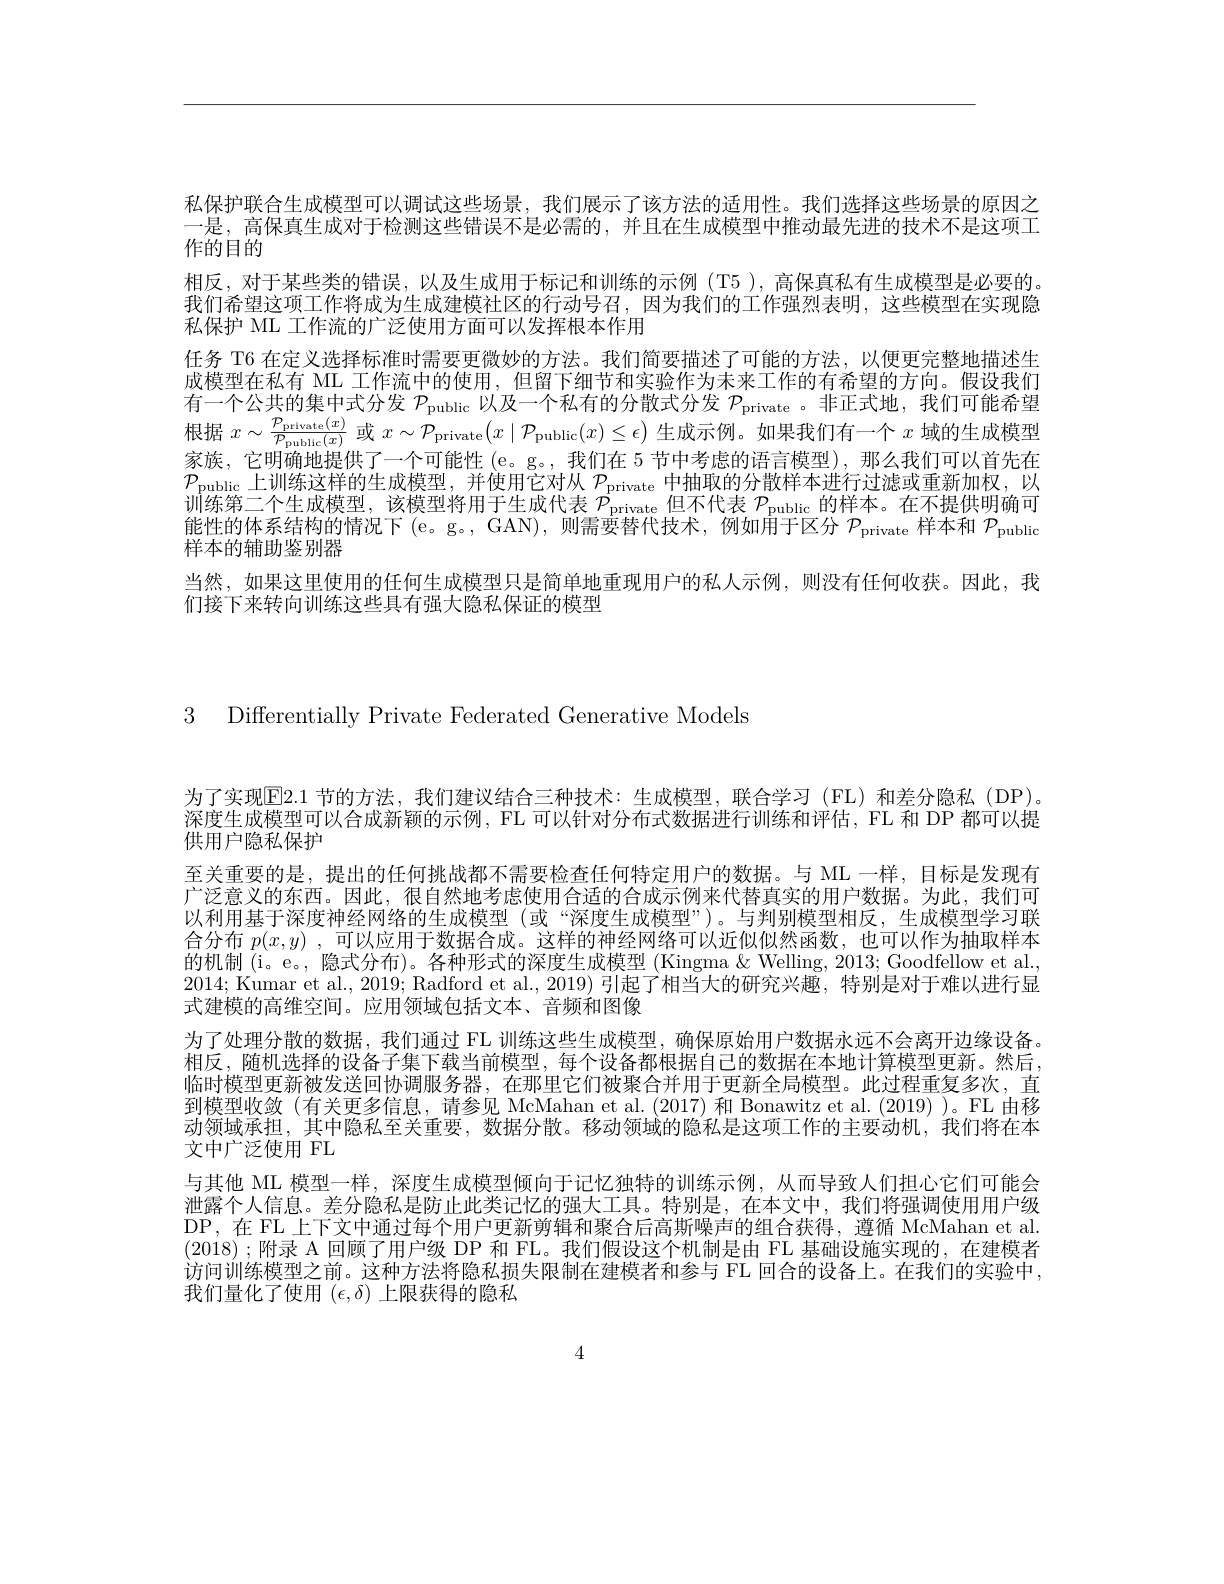
私保护联合生成模型可以调试这些场景，我们展示了该方法的适用性。我们选择这些场景的原因之一是，高保真生成对于检测这些错误不是必需的，并且在生成模型中推动最先进的技术不是这项工作的目的
相反，对于某些类的错误，以及生成用于标记和训练的示例(T5 ), 高保真私有生成模型是必要的。我们希望这项工作将成为生成建模社区的行动号召，因为我们的工作强烈表明，这些模型在实现隐私保护 ML 工作流的广泛使用方面可以发挥根本作用
任务 T6 在定义选择标准时需要更微妙的方法。我们简要描述了可能的方法，以便更完整地描述生成模型在私有 ML 工作流中的使用，但留下细节和实验作为未来工作的有希望的方向。假设我们有一个公共的集中式分发$\mathcal{P}_\mathrm{public}$以及一个私有的分散式分发$\mathcal{P}_\mathrm{private}$ 。非正式地，我们可能希望根据$x\sim\frac{\mathcal{P}_{\mathrm{private}}(x)}{\mathcal{P}_{\mathrm{publlc}}(x)}$或$x\sim\mathcal{P}_{\mathrm{private}}(x\mid\mathcal{P}_{\mathrm{public}}(x)\leq\epsilon)$生成示例。如果我们有一个$x$域的生成模型定并一它明确地电件了 众可能性$(x_\text{一个中名情的石言错到})$那么垂何可以首先在家族，它明确地提供了一个可能性 (e。g。, 我们在 5 节中考虑的语言模型),那么我们可以首先在$\mathcal{P}_{\text{public 上训练这样的生成模型，并使用它对从 }\mathcal{P}_{\mathrm{private}}\text{中抽取的分散样本进行过滤或重新加权，以}}$ 训练第二个生成模型，该模型将用于生成代表$\mathcal{P}_\mathrm{private}$但不代表$\mathcal{P}_\mathrm{public}$的样本。在不提供明确可能性的体系结构的情况下(e。g。, GAN),则需要替代技术，例如用于区分$\mathcal{P}_\mathrm{private}$样本和$\mathcal{P}_\mathrm{public}$ 样本的辅助鉴别器
当然，如果这里使用的任何生成模型只是简单地重现用户的私人示例，则没有任何收获。因此，我
们接下来转向训练这些具有强大隐私保证的模型

3 Differentially Private Federated Generative Models

为了实现E2.1 节的方法，我们建议结合三种技术：生成模型，联合学习(FL)和差分隐私(DP)。深度生成模型可以合成新颖的示例，FL 可以针对分布式数据进行训练和评估，FL 和 DP 都可以提供用户隐私保护
至关重要的是，提出的任何挑战都不需要检查任何特定用户的数据。与 ML 一样，目标是发现有广泛意义的东西。因此，很自然地考虑使用合适的合成示例来代替真实的用户数据。为此，我们可以利用基于深度神经网络的生成模型 (或“深度生成模型”)。与判别模型相反，生成模型学习联合分布$p(x,y)$ ,可以应用于数据合成。这样的神经网络可以近似似然函数，也可以作为抽取样本的机制 (i。e。, 隐式分布)。各种形式的深度生成模型 (Kingma & Welling, 2013; Goodfellow et al. 2014; Kumar et al., 2019; Radford et al., 2019) 引起了相当大的研究兴趣，特别是对于难以进行显式建模的高维空间。应用领域包括文本、音频和图像
为了处理分散的数据，我们通过 FL 训练这些生成模型，确保原始用户数据永远不会离开边缘设备。相反，随机选择的设备子集下载当前模型，每个设备都根据自己的数据在本地计算模型更新。然后， 临时模型更新被发送回协调服务器，在那里它们被聚合并用于更新全局模型。此过程重复多次，直到模型收敛(有关更多信息，请参见 McMahan et al. (2017) 和 Bonawitz et al. (2019) )。FL 由移动领域承担，其中隐私至关重要，数据分散。移动领域的隐私是这项工作的主要动机，我们将在本文中广泛使用 FL
与其他 ML 模型一样，深度生成模型倾向于记忆独特的训练示例，从而导致人们担心它们可能会泄露个人信息。差分隐私是防止此类记忆的强大工具。特别是，在本文中，我们将强调使用用户级DP,在 FL 上下文中通过每个用户更新剪辑和聚合后高斯噪声的组合获得，遵循 McMahan et al (2018) ; 附录 A 回顾了用户级 DP 和 FL。我们假设这个机制是由 FL 基础设施实现的，在建模者访问训练模型之前。这种方法将隐私损失限制在建模者和参与 FL 回合的设备上。在我们的实验中， 我们量化了使用$(\epsilon,\delta)$上限获得的隐私

4